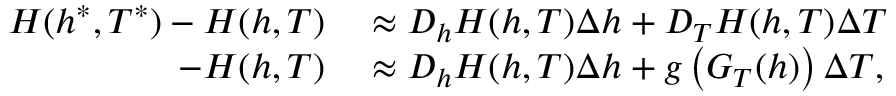
\begin{array} { r l } { H ( h ^ { * } , T ^ { * } ) - H ( h , T ) } & { { } \approx D _ { h } H ( h , T ) \Delta h + D _ { T } H ( h , T ) \Delta T } \\ { - H ( h , T ) } & { { } \approx D _ { h } H ( h , T ) \Delta h + g \left( G _ { T } ( h ) \right) \Delta T , } \end{array}